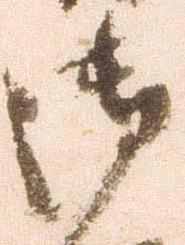
御